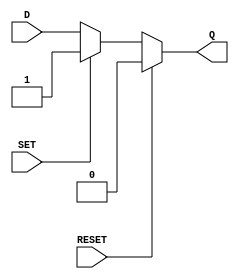
module asynchronous_register (
    input wire D,          // Data input
    input wire SET,       // Asynchronous set signal
    input wire RESET,     // Asynchronous reset signal
    output reg Q          // Output
);

always @(*) begin
    if (RESET) begin
        Q = 1'b0;         // Reset output to 0
    end else if (SET) begin
        Q = 1'b1;         // Set output to 1
    end else begin
        Q = D;            // Otherwise, reflect the value of D
    end
end

endmodule